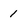
Character: 1